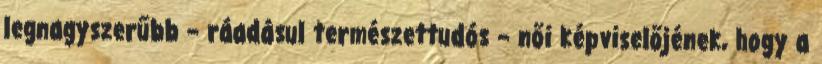
legnagyszerűbb – ráadásul természettudós – női képviselőjének, hogy a